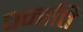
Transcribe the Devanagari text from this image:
चनात्ति